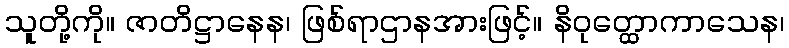
သူတို့ကို။ ဇာတိဋ္ဌာနေန၊ ဖြစ်ရာဌာနအားဖြင့်။ နိဝုတ္ထောကာသေန၊